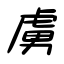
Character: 虜